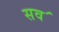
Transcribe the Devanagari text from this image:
सव॔